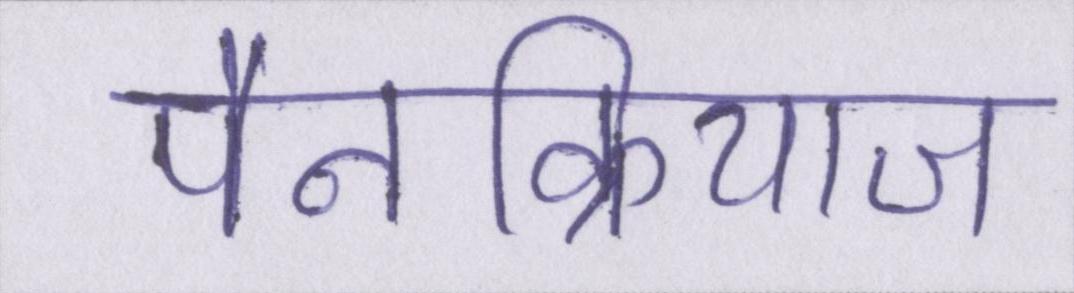
पैनक्रियाज